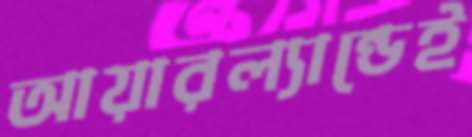
আয়ারল্যান্ডেই